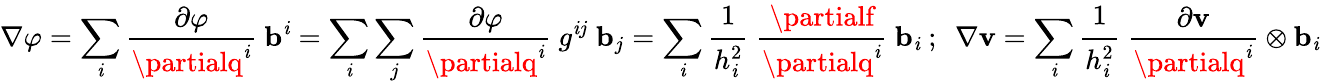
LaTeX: \nabla\varphi=\sum_{\mathit{i}}{\frac{{\partial\varphi}}{{\partialq^{\mathit{i}}}}}~\mathbf{{b}}^{\mathit{i}}=\sum_{\mathit{i}}\sum_{j}{\frac{{\partial\varphi}}{{\partialq^{\mathit{i}}}}}~g^{\mathit{i}j}~\mathbf{{b}}_{j}=\sum_{\mathit{i}}{\cfrac{1}{h_{\mathit{i}}^{2}}}~{\frac{{\partialf}}{{\partialq^{\mathit{i}}}}}~\mathbf{{b}}_{\mathit{i}}~;~~\nabla\mathbf{{v}}=\sum_{\mathit{i}}{\cfrac{1}{h_{\mathit{i}}^{2}}}~{\frac{{\partial\mathbf{{v}}}}{{\partialq^{\mathit{i}}}}}\otimes\mathbf{{b}}_{\mathit{i}}